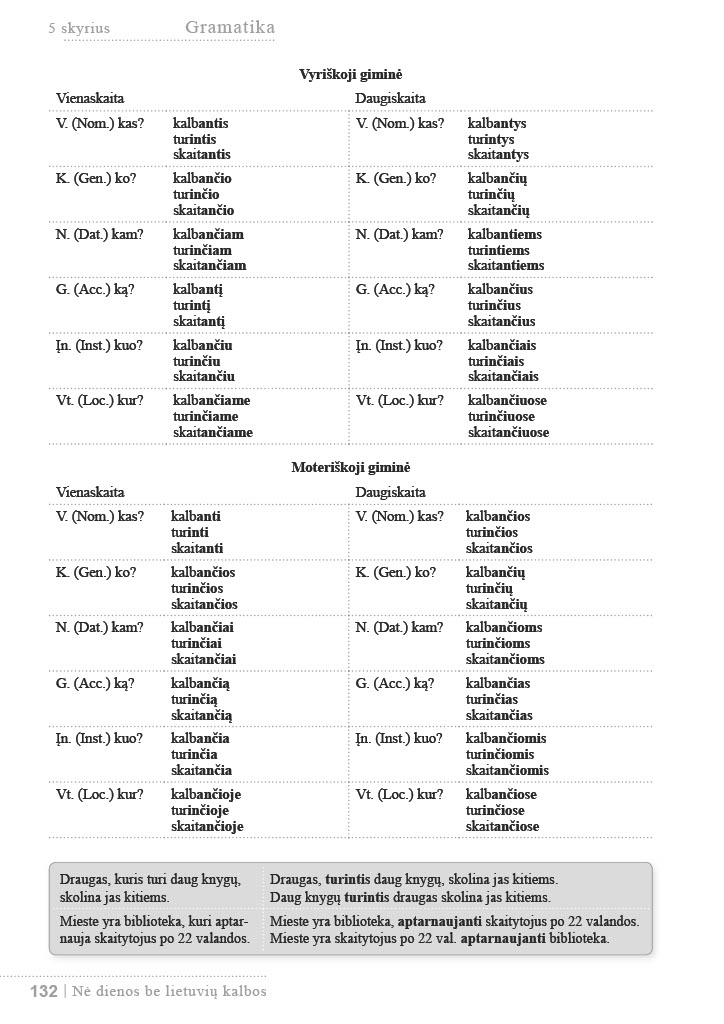
Language: lt